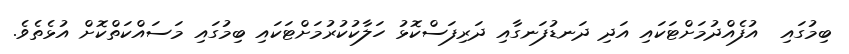
ބިމުގައި  އުފެއްދުމަށްޓަކައި އަދި ދަނޑުފަނގާއި ދަރިފަސްކޮޅު ހަލާކުކުރުމަށްޓަކައި ބިމުގައި މަސައްކަތްކޮށް އުޅެތެވެ.